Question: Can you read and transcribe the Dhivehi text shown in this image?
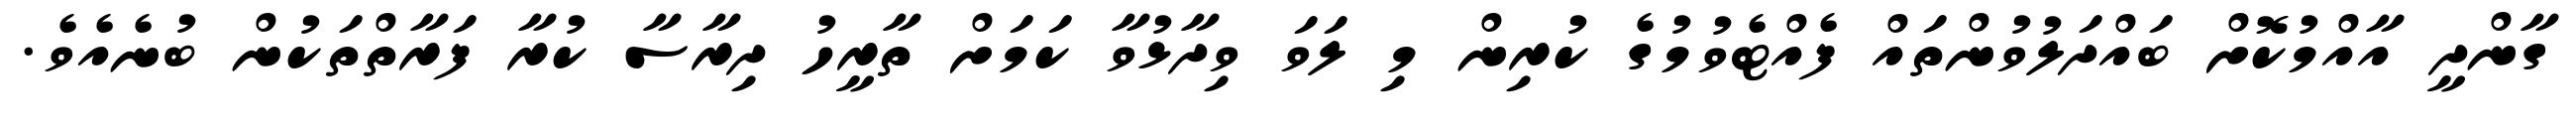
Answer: ގާންދީ އާއްމުކޮށް ބައްދަލުވުންތައް ފެއްޓެވުމުގެ ކުރިން މި ލަވަ ވިދާޅުވާ ކަމަށް ތާރީހު ދިރާސާ ކުރާ ފަރާތްތަކުން ބުނެއެވެ.